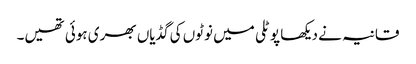
قانیہ نے دیکھا پوٹلی میں نوٹوں کی گڈیاں بھری ہوئی تھیں۔